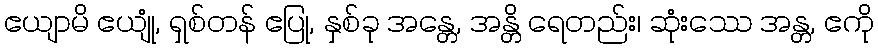
ဧယျာမိ ဧယျုံ, ရှစ်တန် ဧပြု, နှစ်ခု အန္တေ, အန္တိ ရေတည်း၊ ဆုံးဿေ အန္တ, ဧကို